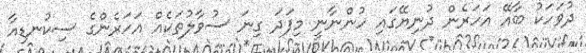
ދުވަހަކު ބާއޭ އަހަރެން ދުނިޔޭގައި ހުންނާނީ މިފަދަ ގިނަ ސުވާލުތަކެއް އަހަރެންގެ ސިކުނޑިއާ